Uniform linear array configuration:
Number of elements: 24
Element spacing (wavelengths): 0.75
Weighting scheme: hann
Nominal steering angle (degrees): -60
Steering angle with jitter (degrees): -59.188
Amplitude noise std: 0.05
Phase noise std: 0.05

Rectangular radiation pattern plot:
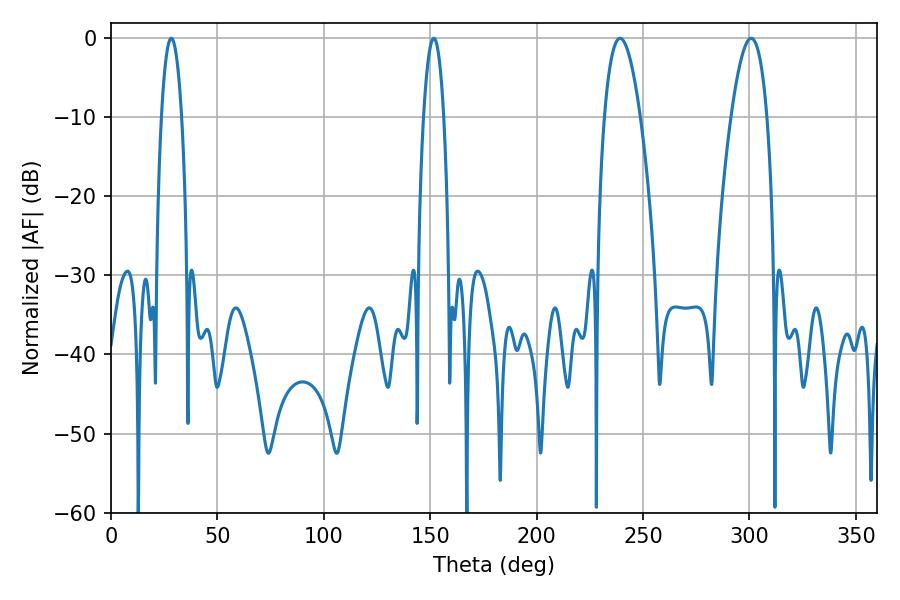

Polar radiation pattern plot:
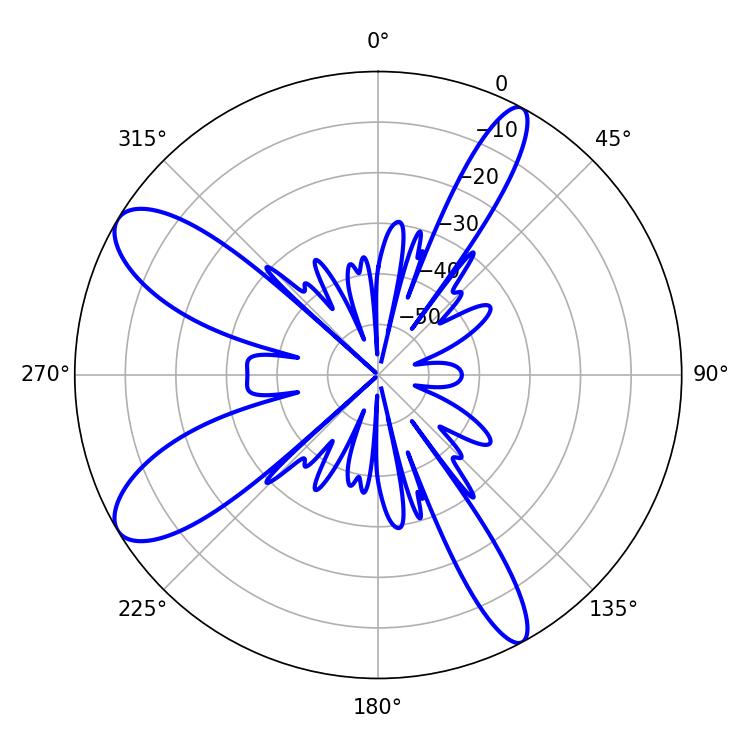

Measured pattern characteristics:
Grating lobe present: TRUE
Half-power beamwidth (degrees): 9.18
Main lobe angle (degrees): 239.22